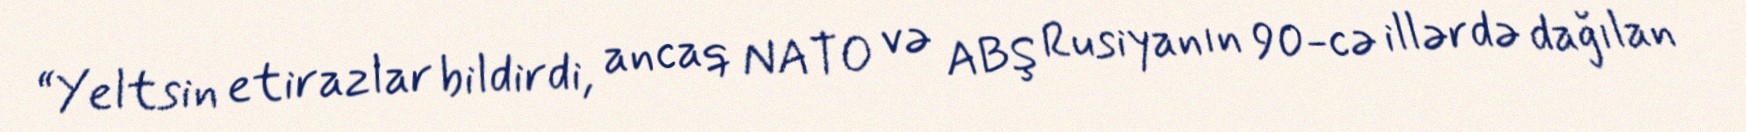
“Yeltsin etirazlar bildirdi, ancaq NATO və ABŞ Rusiyanın 90-cə illərdə dağılan